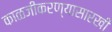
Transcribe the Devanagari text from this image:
काळजीकरण्यासारखी